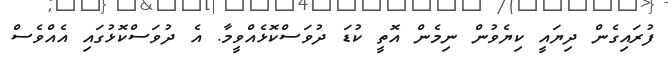
ފުރައިގެން ދިޔައީ ކިޔެވުން ނިމެން އޮތީ ކުޑަ ދުވަސްކޮޅެއްވީމާ. އެ ދުވަސްކޮޅުގައި އެއްވެސް